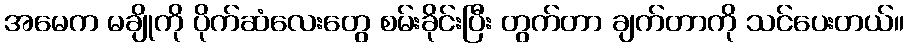
အမေက မချိုကို ပိုက်ဆံလေးတွေ စမ်းခိုင်းပြီး တွက်တာ ချက်တာကို သင်ပေးတယ်။